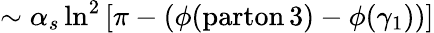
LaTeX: \sim\alpha_{s}\ln^{2}\left[\pi-\left(\phi(\mathrm{parton}\, 3)-\phi(\gamma_{1})\right)\right]